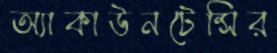
অ্যাকাউনটেন্সির